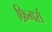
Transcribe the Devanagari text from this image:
फ़िगर्स